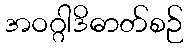
အဝဂ္ဂါဒိဓာတ်စဉ်